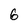
Character: 6